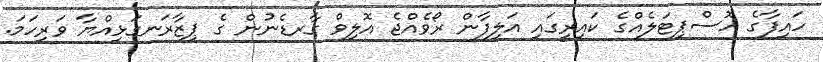
ހައިފާގެ ހޮސްޕިޓަލެއްގެ ކައިރީގައި އަލިފާން ރޯވެއްޖެ އޮލިވް ގާރޑެނުން ގެ ޕިޒާރަނގަޅިއްޔާ ވަރިހަމަ.